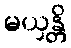
မယှန္တိ